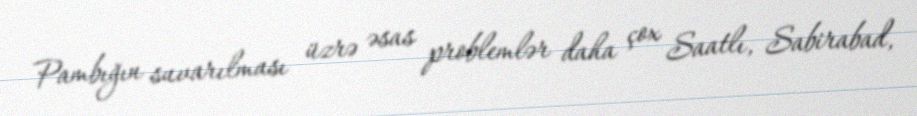
Pambığın suvarılması üzrə əsas problemlər daha çox Saatlı, Sabirabad,